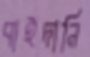
বাইদানি